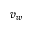
v _ { w }